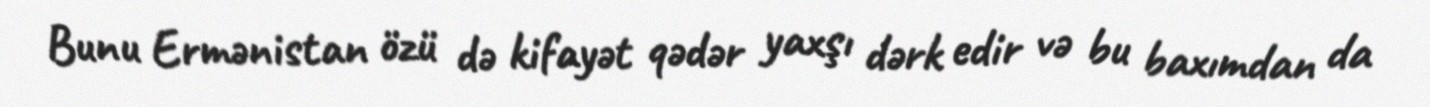
Bunu Ermənistan özü də kifayət qədər yaxşı dərk edir və bu baxımdan da